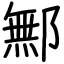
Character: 鄦